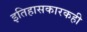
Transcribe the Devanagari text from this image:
इतिहासकारकही